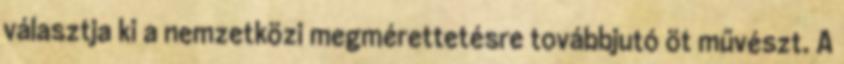
választja ki a nemzetközi megmérettetésre továbbjutó öt művészt. A